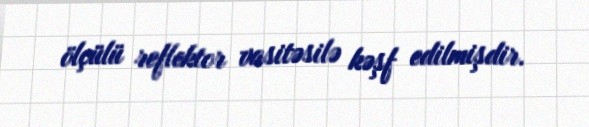
ölçülü reflektor vasitəsilə kəşf edilmişdir.